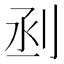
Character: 𠜉